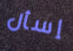
إسأل